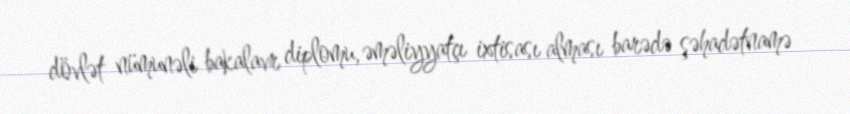
dövlət nümunəli bakalavr diplomu, əməliyyatçı ixtisası alması barədə şəhadətnamə